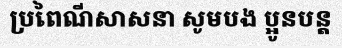
ប្រពៃណីសាសនា សូមបង ប្អូនបន្ត